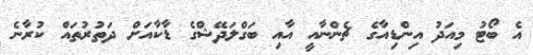
އެ ބޯޓު މިއަދު އިންޑިއާގެ ޗެންނާއީ އާއި ބަގްލަދޭޝްގެ ޑާކާއަށް ދަތުރުތައް ކުރާނެ